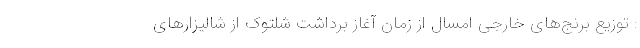
: توزیع برنج‌های خارجی امسال از زمان آغاز برداشت شلتوک از شالیزارهای